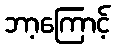
ဘာ့ကြောင့်